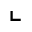
\llcorner